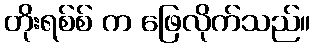
တိုးရစ်စ် က ဖြေလိုက်သည်။